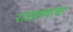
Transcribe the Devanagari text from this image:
राज्यपदाचा